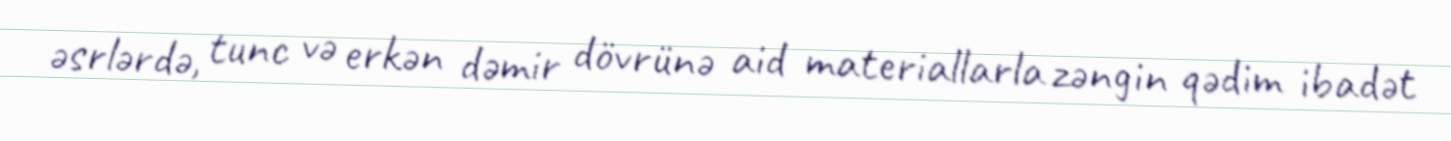
əsrlərdə, tunc və erkən dəmir dövrünə aid materiallarla zəngin qədim ibadət